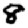
Digit: 8